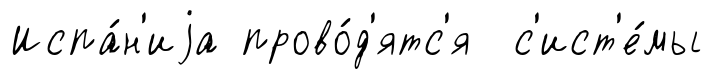
Испа́н'иjа прово́д'ятс'я с'ист'е́мы